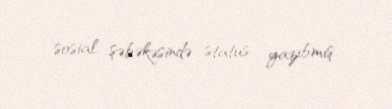
sosial şəbəkəsində status yazıbmış.